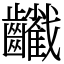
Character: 𪙻